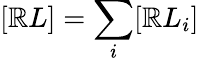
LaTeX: [\mathbb{R}L]=\sum_{i}[\mathbb{R}L_{i}]